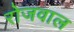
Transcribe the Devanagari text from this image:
रोजवाल